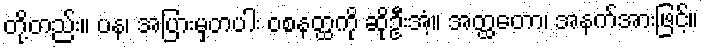
တို့တည်း။ ပန၊ အပြားမှတပါး ဝစနတ္ထကို ဆိုဦးအံ့။ အတ္ထတော၊ အနက်အားဖြင့်။